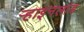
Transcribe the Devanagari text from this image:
र्‍हाइनलांड